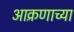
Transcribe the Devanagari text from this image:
आक्रणाच्या